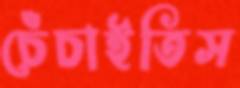
চেঁচাইতিস